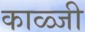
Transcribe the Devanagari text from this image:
काळ्जी